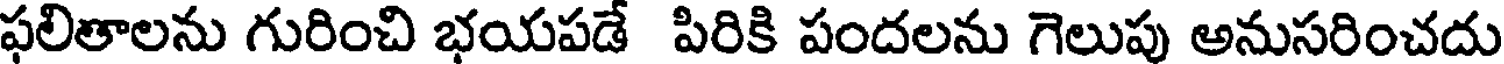
ఫలితాలను గురించి భయపడే పిరికి పందలను గెలుపు అనుసరించదు